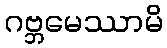
ဂဗ္ဘမေဿာမိ